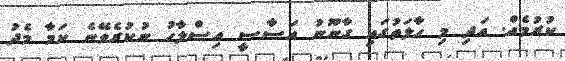
ކުރުމެއް. އަދި މި ހާލަތުގައި ގާނޫނު އަސާސީ އިސްލާހު ނުކުރެވޭނެ ކަމާ މެދު